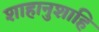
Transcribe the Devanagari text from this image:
शाहानुशाहि